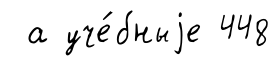
а уче́бныjе 448